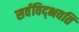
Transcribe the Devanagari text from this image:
सर्वविद्‍भवति